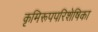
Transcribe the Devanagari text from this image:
कृमिरूपपरिशेषिका